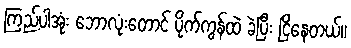
ကြည့်ပါအုံး ဘောလုံးတောင် ပိုက်ကွန်ထဲ ခဲပြီး ငြိနေတယ်။